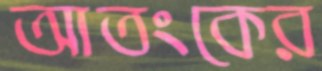
আতংকের